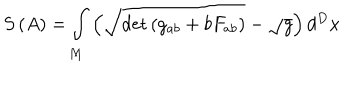
LaTeX: S \left( A \right) = \int _ { M } \left( \sqrt { \det \left( g _ { a b } + b F _ { a b } \right) } - \sqrt { g } \right) d ^ { D } x